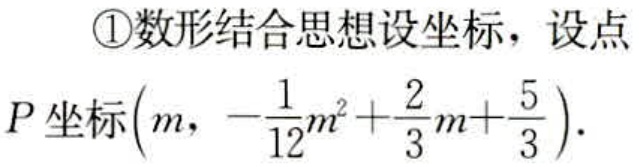
\textcircled{1}数形结合思想设坐标，设点
\(P\)坐标\(\left(m, -\dfrac{1}{12}m^{2}+\dfrac{2}{3}m+\dfrac{5}{3}\right)\).